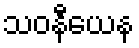
သဝနီယေန